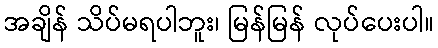
အချိန် သိပ်မရပါဘူး၊ မြန်မြန် လုပ်ပေးပါ။